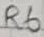
Text: R6